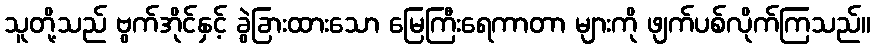
သူတို့သည် ဗွက်အိုင်နှင့် ခွဲခြားထားသော မြေကြီးရေကာတာ များကို ဖျက်ပစ်လိုက်ကြသည်။